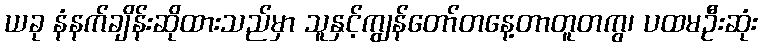
ယခု နံနက်ချိန်းဆိုထားသည်မှာ သူနှင့်ကျွန်တော်တနေ့တာတူတကွ၊ ပထမဦးဆုံး